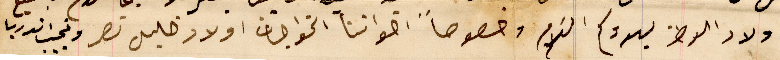
اولاد الوطن يهدوكم السَلام وخصوصاً اخواننا الخواجات اولاد خليل نصر ونجيب اندريا